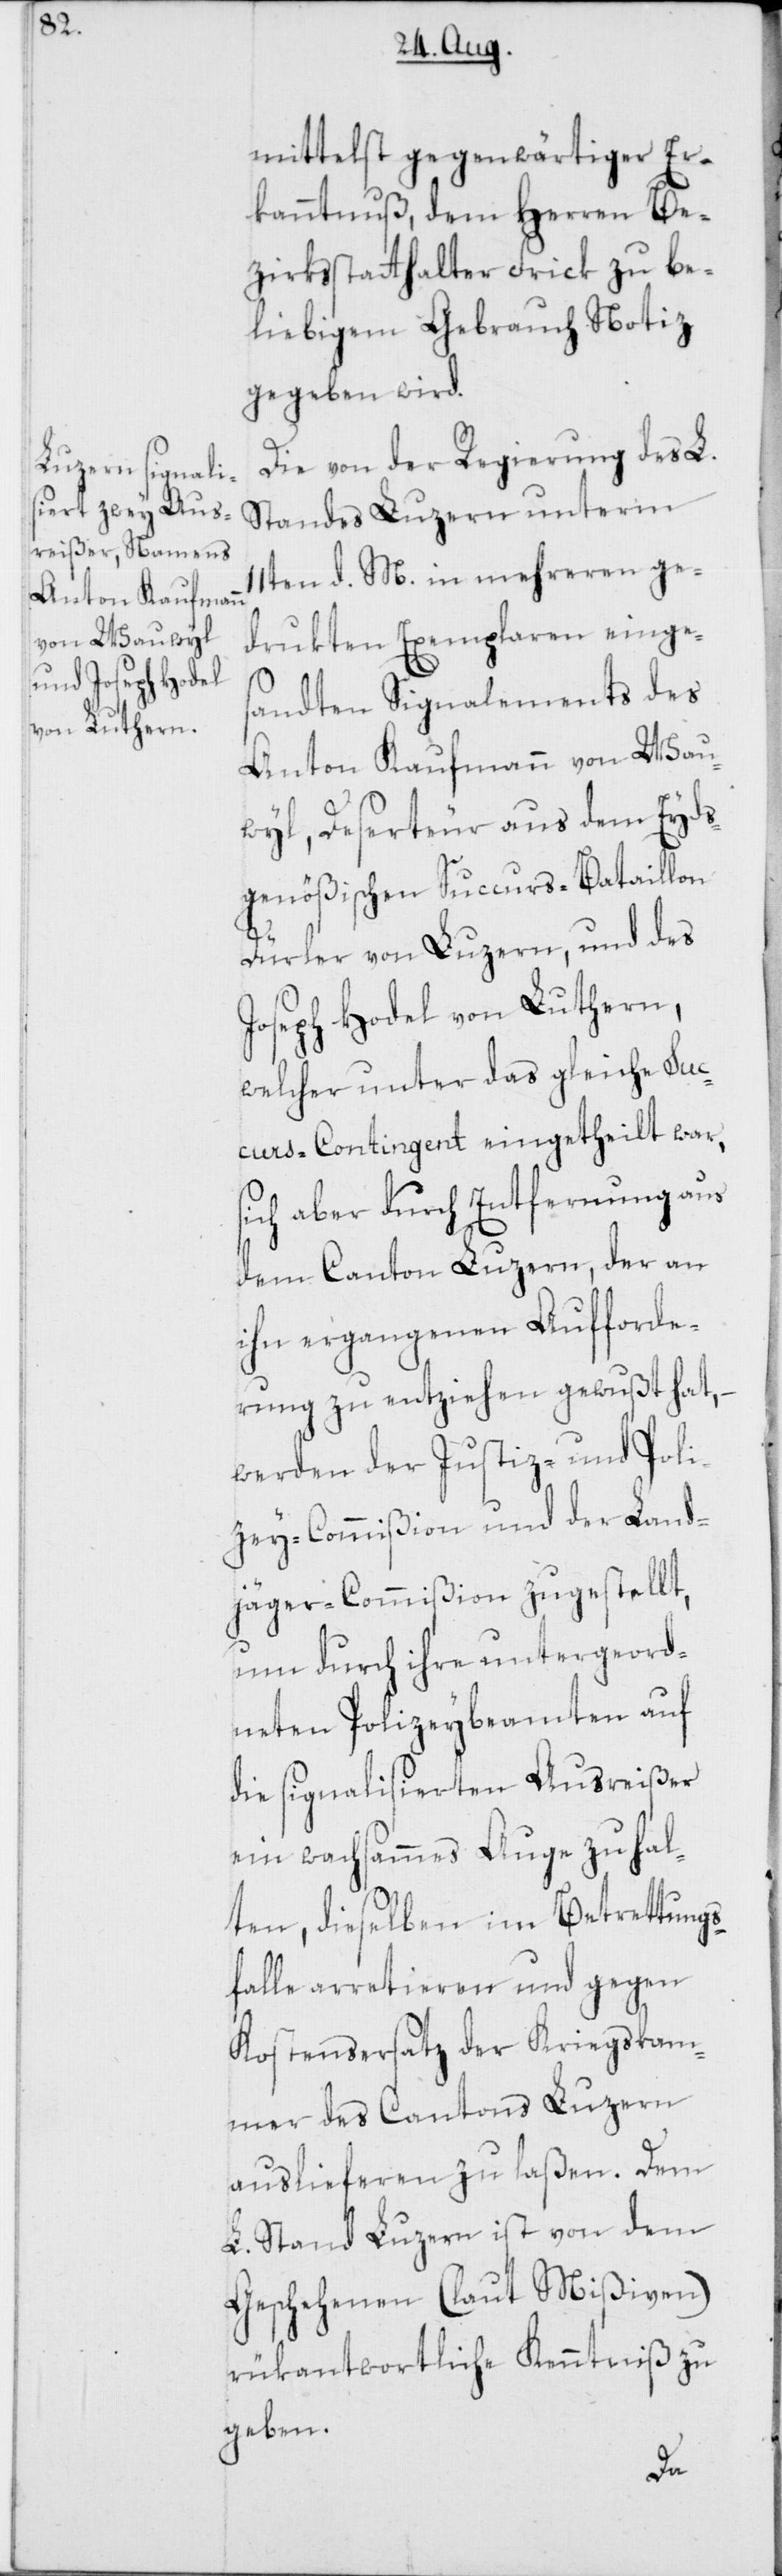
mittelst gegenwärtiger Er¬
kanntnuß, dem Herren Be¬
zirksstatthalter Frick zu be¬
liebigem Gebrauch Notiz
gegeben wird.
Die von der Regierung des L.
Standes Luzern unterm
11ten d. M. in mehreren ge¬
drukten Exemplaren einge¬
sandten Signalements des
Anton Kaufmann von Wau¬
wil, Deserteur aus dem Eyds¬
genößischen Succurs-Bataillon
Dürler von Luzern, und des
Joseph Hodel von Luthern,
welcher unter das gleiche Suc¬
curs-Contingent eingetheilt war,
sich aber durch Entfernung aus
dem Canton Luzern, der an
ihn ergegangenen Aufforde¬
rung zu entziehen gewußt hat,
werden der Justiz- und Poli¬
zey-Commißion und der Land¬
jäger-Commißion zugestellt,
um durch ihre untergeord¬
neten Polizeybeamten auf
die signalisierten Ausreißer
ein wachsammes Auge zu hal¬
ten, dieselben im Betrettungs¬
falle arretieren und gegen
Kostensersatz der Kriegskam¬
mer des Cantons Luzern
auslieferen zu laßen. Dem
L. Stand Luzern ist von dem
Geschehenen (laut Mißiven)
rükantwortliche Kenntniß zu
geben.